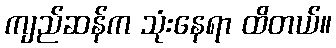
ကျည်ဆန်က သုံးနေရာ ထိတယ်။